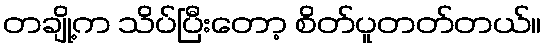
တချို့က သိပ်ပြီးတော့ စိတ်ပူတတ်တယ်။